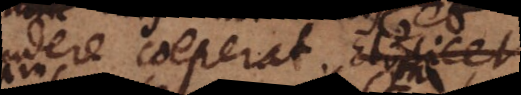
ndere coeperat. Etiamsi